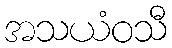
အသယံဝသီ